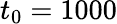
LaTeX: t_{0}=1000